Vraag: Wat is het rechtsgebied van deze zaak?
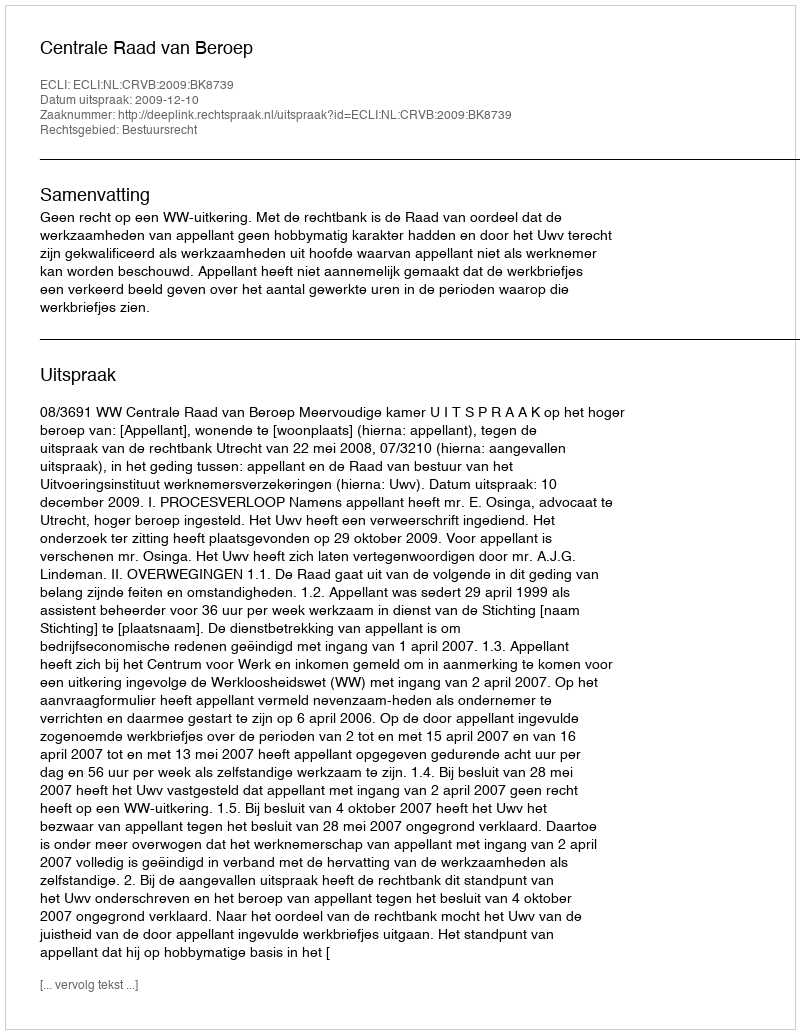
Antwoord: Bestuursrecht